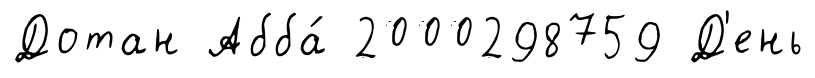
Дотан Абба́ 2000298759 Д'ень